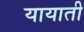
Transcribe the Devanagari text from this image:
यायाती